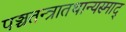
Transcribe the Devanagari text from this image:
पञ्चतन्त्रातथान्यस्माद्